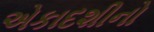
એકાદશીનો